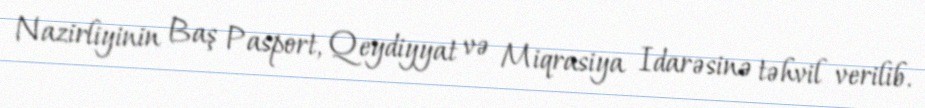
Nazirliyinin Baş Pasport, Qeydiyyat və Miqrasiya Idarəsinə təhvil verilib.